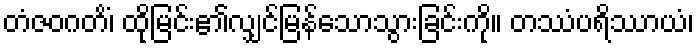
တံဇဝဂတိံ၊ ထိုမြင်း၏လျှင်မြန်သောသွားခြင်းကို။ တဿံပရိဿာယံ၊